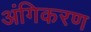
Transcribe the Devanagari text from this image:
अंगिकरण